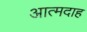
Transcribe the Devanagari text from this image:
आत्‍मदाह